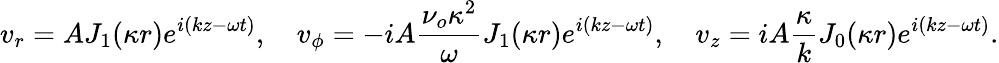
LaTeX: v_{r}=AJ_{1}(\kappa r)e^{i(kz-\omega t)},\quad v_{\phi}=-iA\frac{\nu_{o}\kappa^{2}}{\omega}J_{1}(\kappa r)e^{i(kz-\omega t)},\quad v_{z}=iA\frac{\kappa}{k}J_{0}(\kappa r)e^{i(kz-\omega t)}.